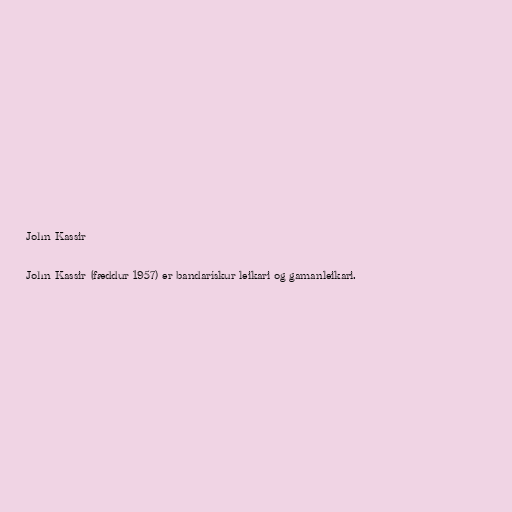
John Kassir

John Kassir (fæddur 1957) er bandarískur leikari og gamanleikari.